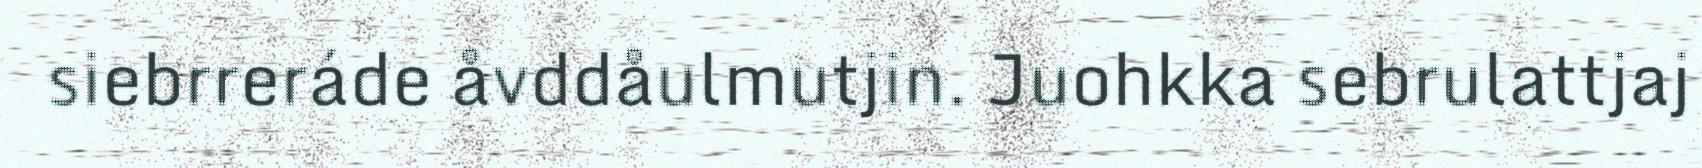
siebrreráde åvddåulmutjin. Juohkka sebrulattjaj